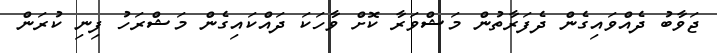
ޖަވާބު ދެއްވައިގެން ދެފަރާތުން މަޝްވަރާ ކޮށް ވާހަކަ ދައްކައިގެން މަޝްރަހު ފިނި ކުރަން